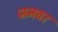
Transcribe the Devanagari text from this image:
जनवर